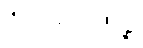
ဇိဝှါဝိညာဏဉ္စ